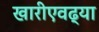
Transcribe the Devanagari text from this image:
खारीएवढ्या